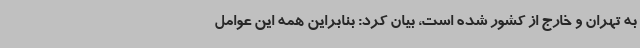
به تهران و خارج از کشور شده است، بیان کرد: بنابراین همه این عوامل